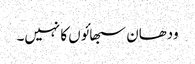
ودھان سبھائوں کا نہیں۔